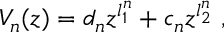
V _ { n } ( z ) = d _ { n } z ^ { l _ { 1 } ^ { n } } + c _ { n } z ^ { l _ { 2 } ^ { n } } ~ ,